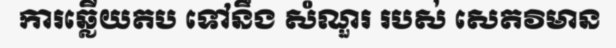
ការឆ្លើយតប ទៅនឹង សំណួរ របស់ សេតវិមាន